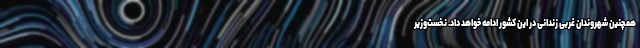
همچنین شهروندان غربی زندانی در این کشور ادامه خواهد داد. نخست‌وزیر